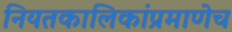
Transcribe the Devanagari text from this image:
नियतकालिकांप्रमाणेच